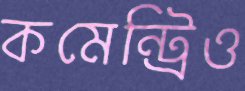
কমেন্ট্রিও